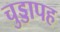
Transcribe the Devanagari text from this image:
चुड्डापह